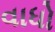
વાધો